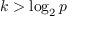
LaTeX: k > \log _ { 2 } p